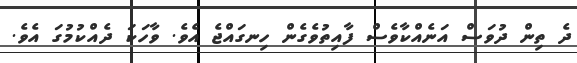
ދެ ތިން ދުވަސް އަނެއްކާވެސް ފާއިތުވެގެން ހިނގައްޖެ އެވެ. ވާހަކަ ދެއްކުމުގަ އެވެ.